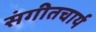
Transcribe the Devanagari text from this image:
संगीतचार्य